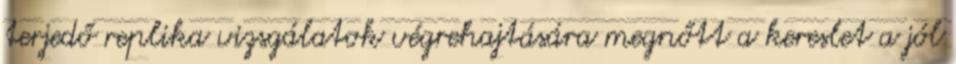
terjedő replika vizsgálatok végrehajtására megnőtt a kereslet a jól